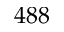
4 8 8